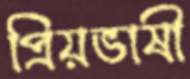
প্রিয়ভাষী